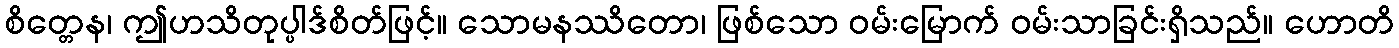
စိတ္တေန၊ ဤဟသိတုပ္ပါဒ်စိတ်ဖြင့်။ သောမနဿိတော၊ ဖြစ်သော ဝမ်းမြောက် ဝမ်းသာခြင်းရှိသည်။ ဟောတိ